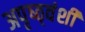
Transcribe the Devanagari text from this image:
अपृष्ठ्वंशी